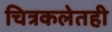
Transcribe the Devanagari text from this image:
चित्रकलेतही